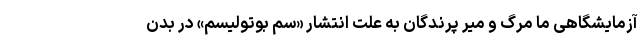
آزمایشگاهی ما مرگ و میر پرندگان به علت انتشار «سم بوتولیسم» در بدن